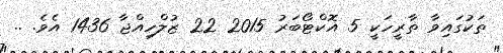
ތަކުގައިވާ ތާރީހަކީ 5 އޮކްޓޯބަރު 2015 22 ޒުލްހިއްޖާ 1436 އެވެ. ..